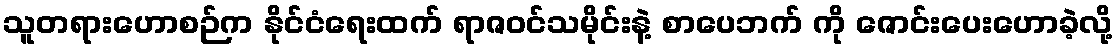
သူတရားဟောစဉ်က နိုင်ငံရေးထက် ရာဇဝင်သမိုင်းနဲ့ စာပေဘက် ကို ဇောင်းပေးဟောခဲ့လို့